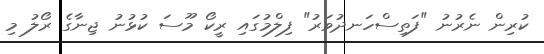
ކުރިން ނެރުނު "ފަތިސްހަނދުވަރު" ފިލްމުގައި ރީކޯ މޫސަ ކުޅުނު ޖިނާގެ ރޯލު މި